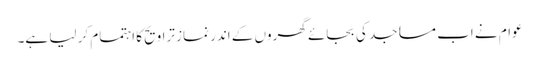
عوام نے اب مساجد کی بجائے گھروں کے اندر نماز تراویح کا اہتمام کر لیا ہے۔